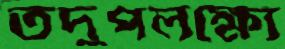
তদুপলক্ষ্যে